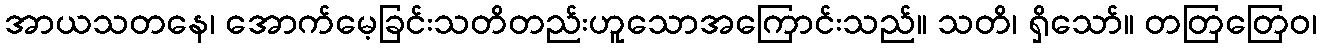
အာယသတနေ၊ အောက်မေ့ခြင်းသတိတည်းဟူသောအကြောင်းသည်။ သတိ၊ ရှိသော်။ တတြတြေဝ၊